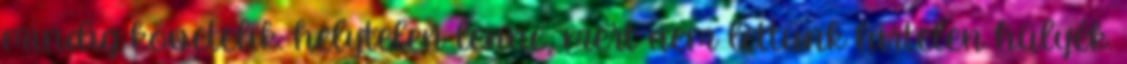
mindig követelik: helytelen lenne, mert nem lettünk hirtelen hülyék.